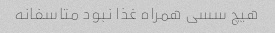
هیچ سسی همراه غذا نبود متاسفانه